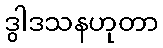
ဒွါဒသနဟုတာ